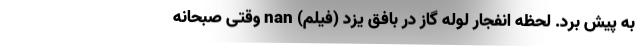
به پیش برد. لحظه انفجار لوله گاز در بافق یزد (فیلم) nan وقتی صبحانه